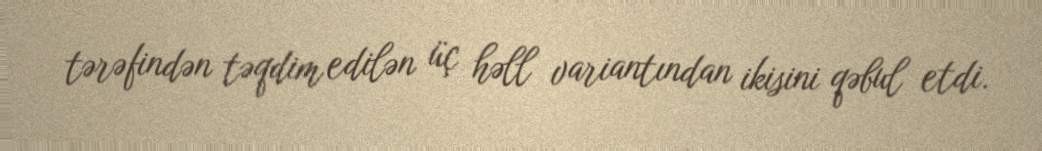
tərəfindən təqdim edilən üç həll variantından ikisini qəbul etdi.